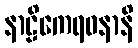
နာဠိကေရဝနာနိ